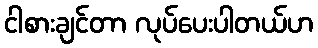
ငါစားချင်တာ လုပ်ပေးပါတယ်ဟ